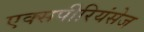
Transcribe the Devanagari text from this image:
एक्‍सपीरियंसेज